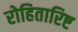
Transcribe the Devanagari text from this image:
रोहितारिष्ट